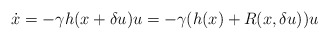
\begin{align*}\dot{x} = -\gamma h(x+\delta u) u = -\gamma (h(x)+R(x,\delta u)) u\end{align*}